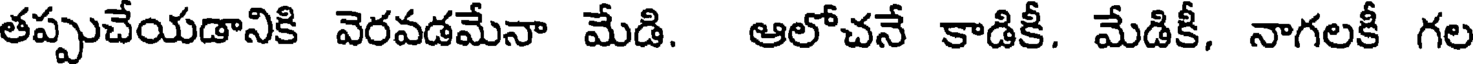
తప్పుచేయడానికి వెరవడమేనా మేడి. ఆలోచనే కాడికీ. మేడికీ, నాగలకీ గల